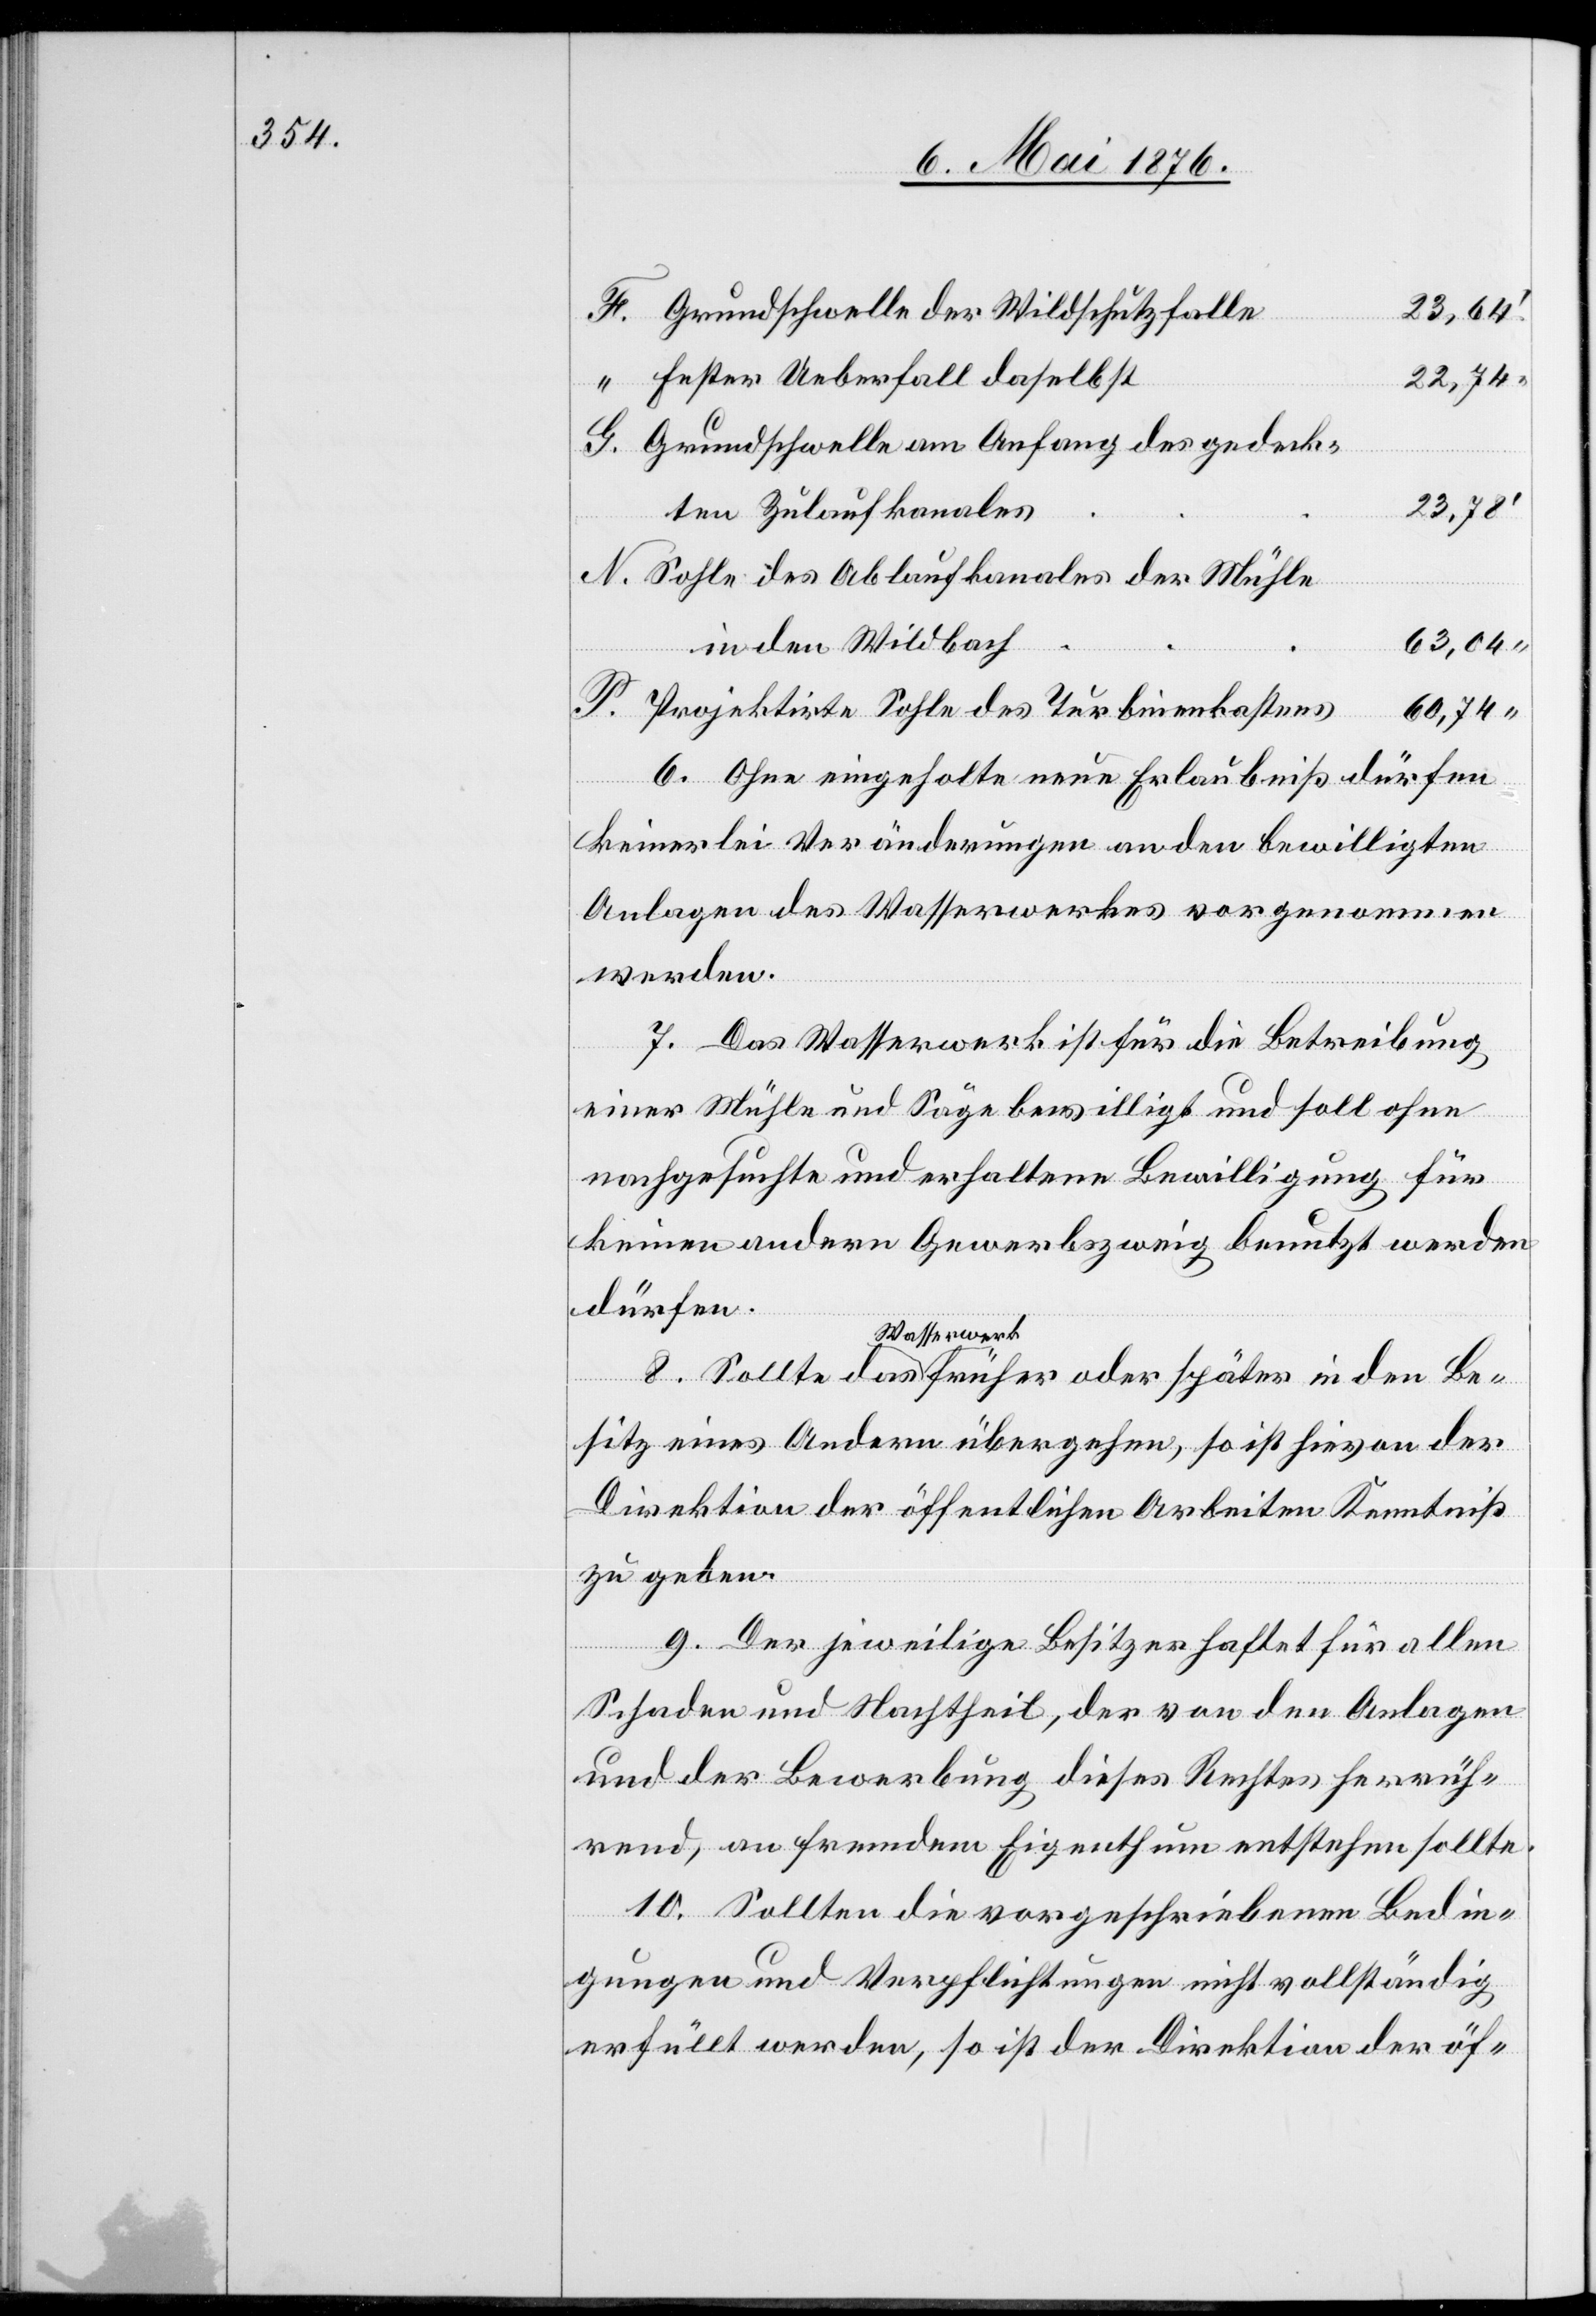
Grundschwelle der Wildschutzfalle
23,64
fester Ueberfall daselbst
22,74
Grundschwelle am Anfang des gedeck¬
“
N.
23,78
ten Zulaufkanales
Sohle des Ablaufkanales der Mühle
63,04
in den Wildbach
60,74
Projektirte Sohle des Turbinenkastens
den Be¬
6. Ohne eingeholte neue Erlaubniß dürfen
keinerlei Veränderungen an den bewilligten
Anlagen des Wasserwerkes vorgenommen
werden.
7. Das Wasserwerk ist für die Betreibung
einer Mühle und Säge bewilligt und soll ohne
nachgesuchte und erhaltene Bewilligung für
keinen andern Gewerbezweig benutzt werden
dürfen.
Wasserwerk
sitz eines Andern übergehen, so ist hievon der
Direktion der öffentlichen Arbeiten Kenntniß
zu geben.
in
9. Der jeweilige Besitzer haftet für allen
Schaden und Nachtheil, der von den Anlagen
und der Bewerbung dieses Rechtes herrüh¬
rend, an fremdem Eigenthum entstehen sollte.
später
10. Sollten die vorgeschriebenen Bedin¬
gungen und Verpflichtungen nicht vollständig
erfüllt werden, so ist der Direktion der öf-